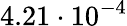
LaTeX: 4.21\cdot 10^{-4}